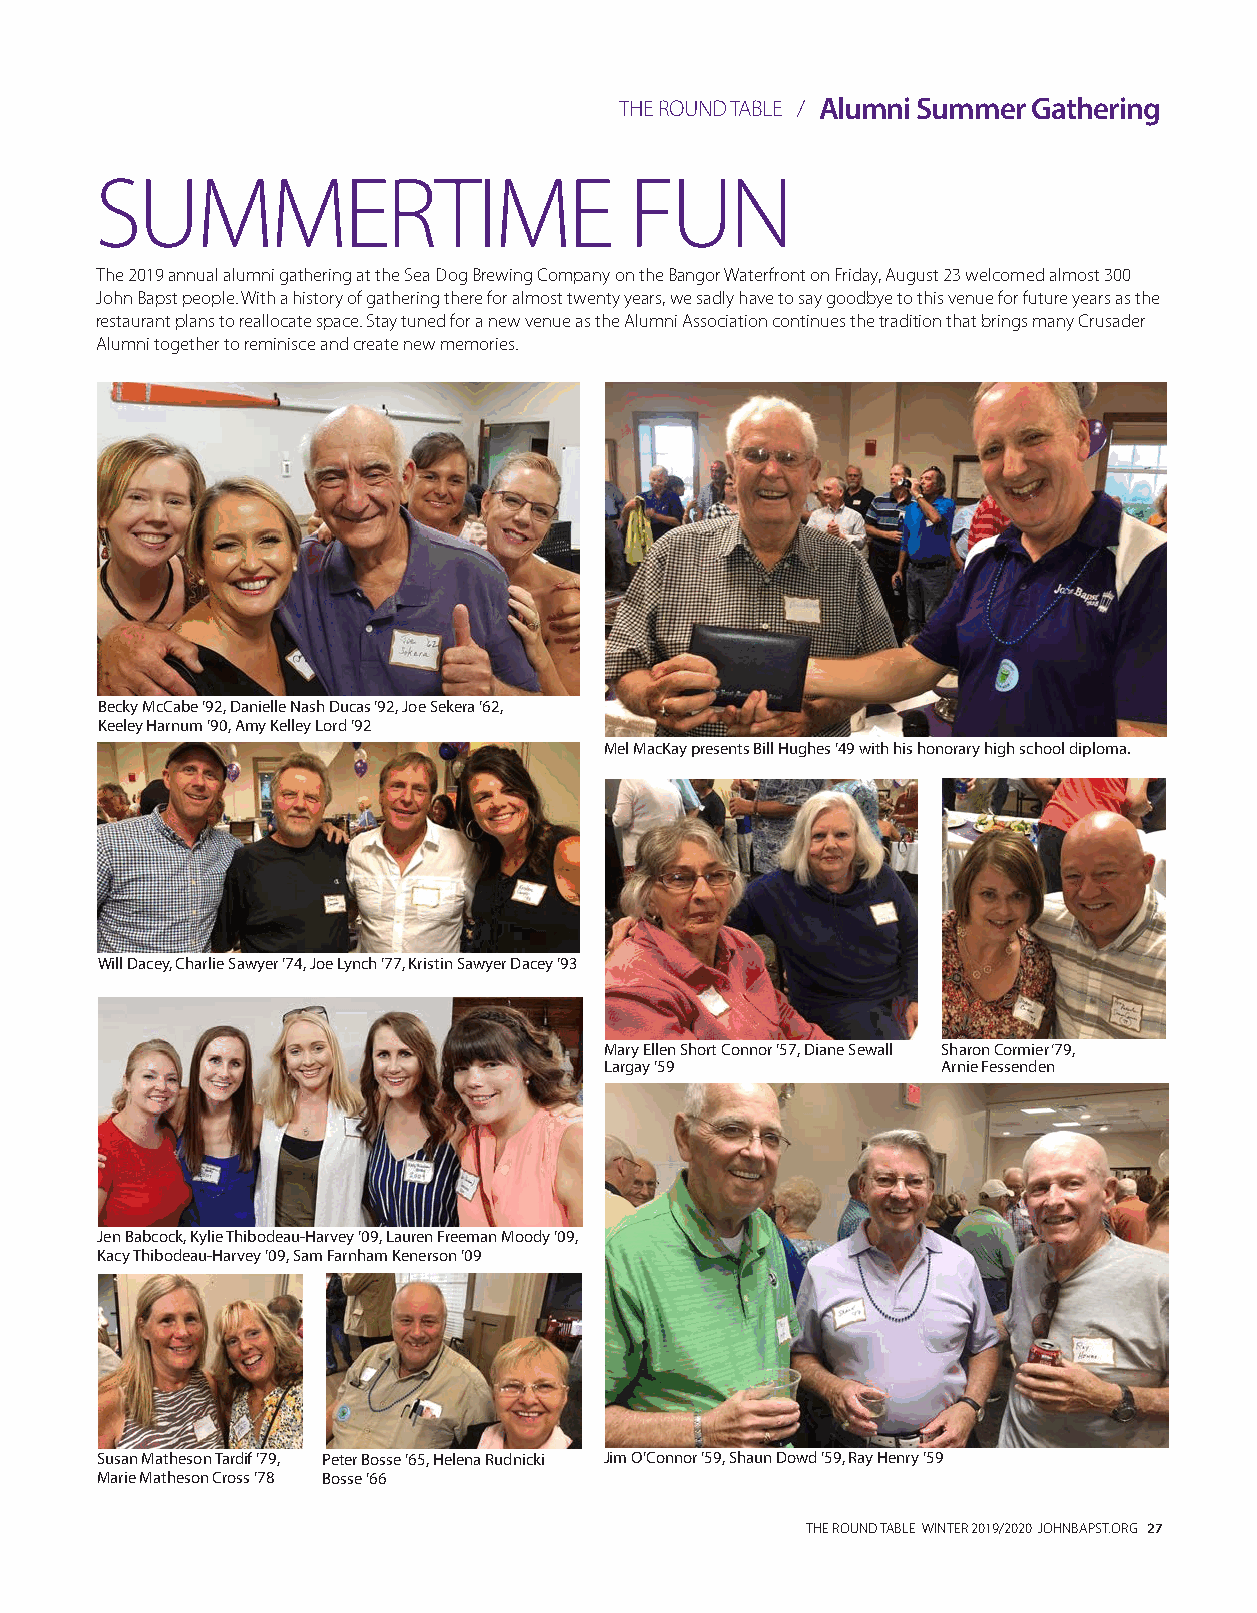
THE ROUND TABLE / Alumni Summer Gathering
 SUMMERTIME                          FUN
 The 2019 annual alumni gathering at the Sea Dog Brewing Company on the Bangor Waterfront on Friday, August 23 welcomed almost 300
 John Bapst people. With a history of gathering there for almost twenty years, we sadly have to say goodbye to this venue for future years as the
 restaurant plans to reallocate space. Stay tuned for a new venue as the Alumni Association continues the tradition that brings many Crusader
 Alumni together to reminisce and create new memories.
 Becky McCabe ’92, Danielle Nash Ducas ’92, Joe Sekera ’62,
 Keeley Harnum ’90, Amy Kelley Lord ’92
 Mel MacKay presents Bill Hughes ’49 with his honorary high school diploma.
 Will Dacey, Charlie Sawyer ’74, Joe Lynch ’77, Kristin Sawyer Dacey ’93
 Mary Ellen Short Connor ’57, Diane Sewall Sharon Cormier ‘79,
 Largay ’59            Arnie Fessenden
 Jen Babcock, Kylie Thibodeau-Harvey ’09, Lauren Freeman Moody ’09,
 Kacy Thibodeau-Harvey ’09, Sam Farnham Kenerson ’09
 Susan Matheson Tardif ’79, Peter Bosse ’65, Helena Rudnicki Jim O’Connor ’59, Shaun Dowd ’59, Ray Henry ’59
 Marie Matheson Cross ’78 Bosse ’66
 THE ROUND TABLE WINTER 2019/2020 JOHNBAPST.ORG 27